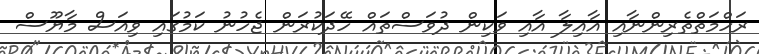
ރަހްމަތްތެރިންނާއި އާއިލާ އާއި ވަކިން ދުވަސްތައް ހޭދަކުރަން ޖެހުނު ކަމުގައި ވިއަސް މާޔޫސް